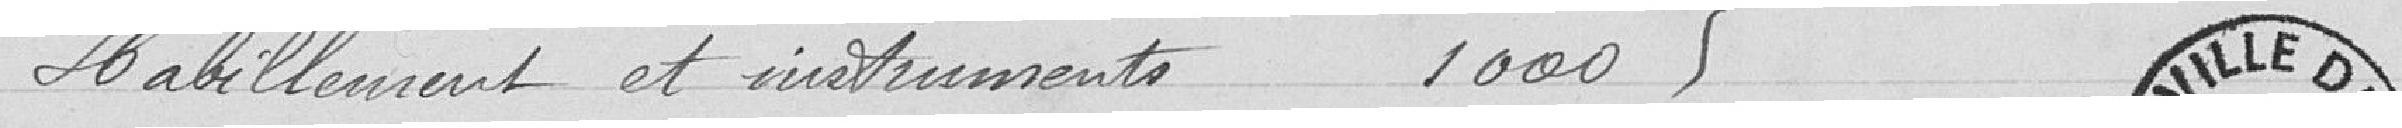
Habillement et instruments 1 000